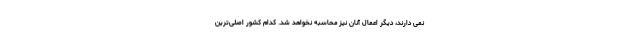
نمی دارند، دیگر اعمال آنان نیز محاسبه نخواهد شد. کدام کشور اصلی‌ترین